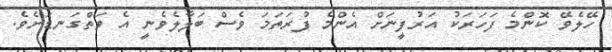
ހޭލެވޭ ކޮންމެ ފަހަރަކު އަރުފީނަށް އެންމެ ފުރަތަމަ ވެސް ބަލާލެވެނީ އެ ވަތްގަނޑަށެވެ.